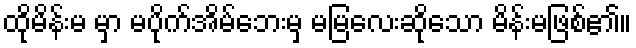
ထိုမိန်းမ မှာ မပိုက်အိမ်ဘေးမှ မမြလေးဆိုသော မိန်းမဖြစ်၏။